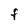
Character: F